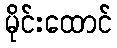
မိုင်းထောင်